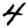
Digit: 4